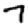
Digit: 7